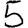
Digit: 5